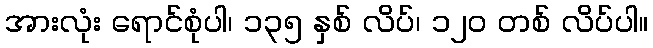
အားလုံး ရောင်စုံပါ၊ ၁၃၅ နှစ် လိပ်၊ ၁၂၀ တစ် လိပ်ပါ။